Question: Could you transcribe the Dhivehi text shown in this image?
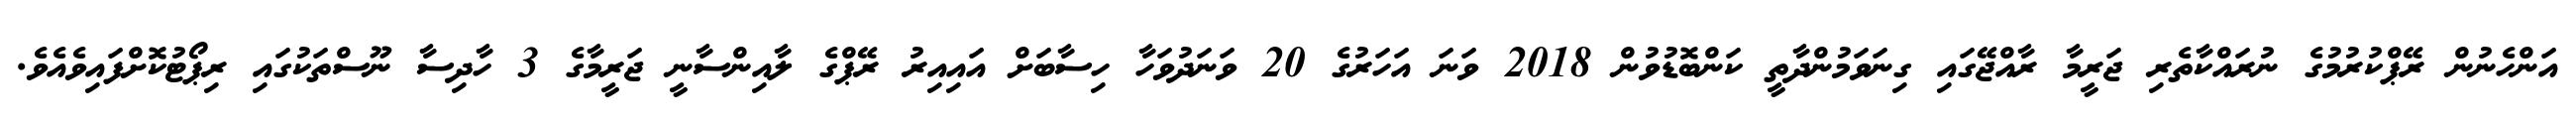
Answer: އަންހެނުން ރޭޕްކުރުމުގެ ނުރައްކާތެރި ޖަރީމާ ރާއްޖޭގައި ގިނަވަމުންދާތީ ކަންބޮޑުވުން 2018 ވަނަ އަހަރުގެ 20 ވަނަދުވަހާ ހިސާބަށް އައިއިރު ރޭޕްގެ ލާއިންސާނީ ޖަރީމާގެ 3 ހާދިސާ ނޫސްތަކުގައި ރިޕޯޓުކޮށްފައިވެއެވެ.